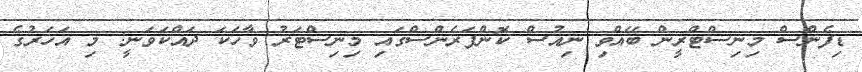
ޑިފެންސް މިނިސްޓްރީން ބޭއްވި ނިއުސް ކޮންފަރެންސްގައި މިނިސްޓަރު ވާހަކަ ދައްކަވަނީ: މި އަހަރުގެ